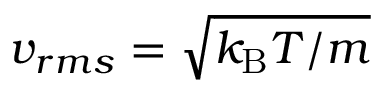
v _ { r m s } = \sqrt { k _ { \mathrm { B } } T / m }